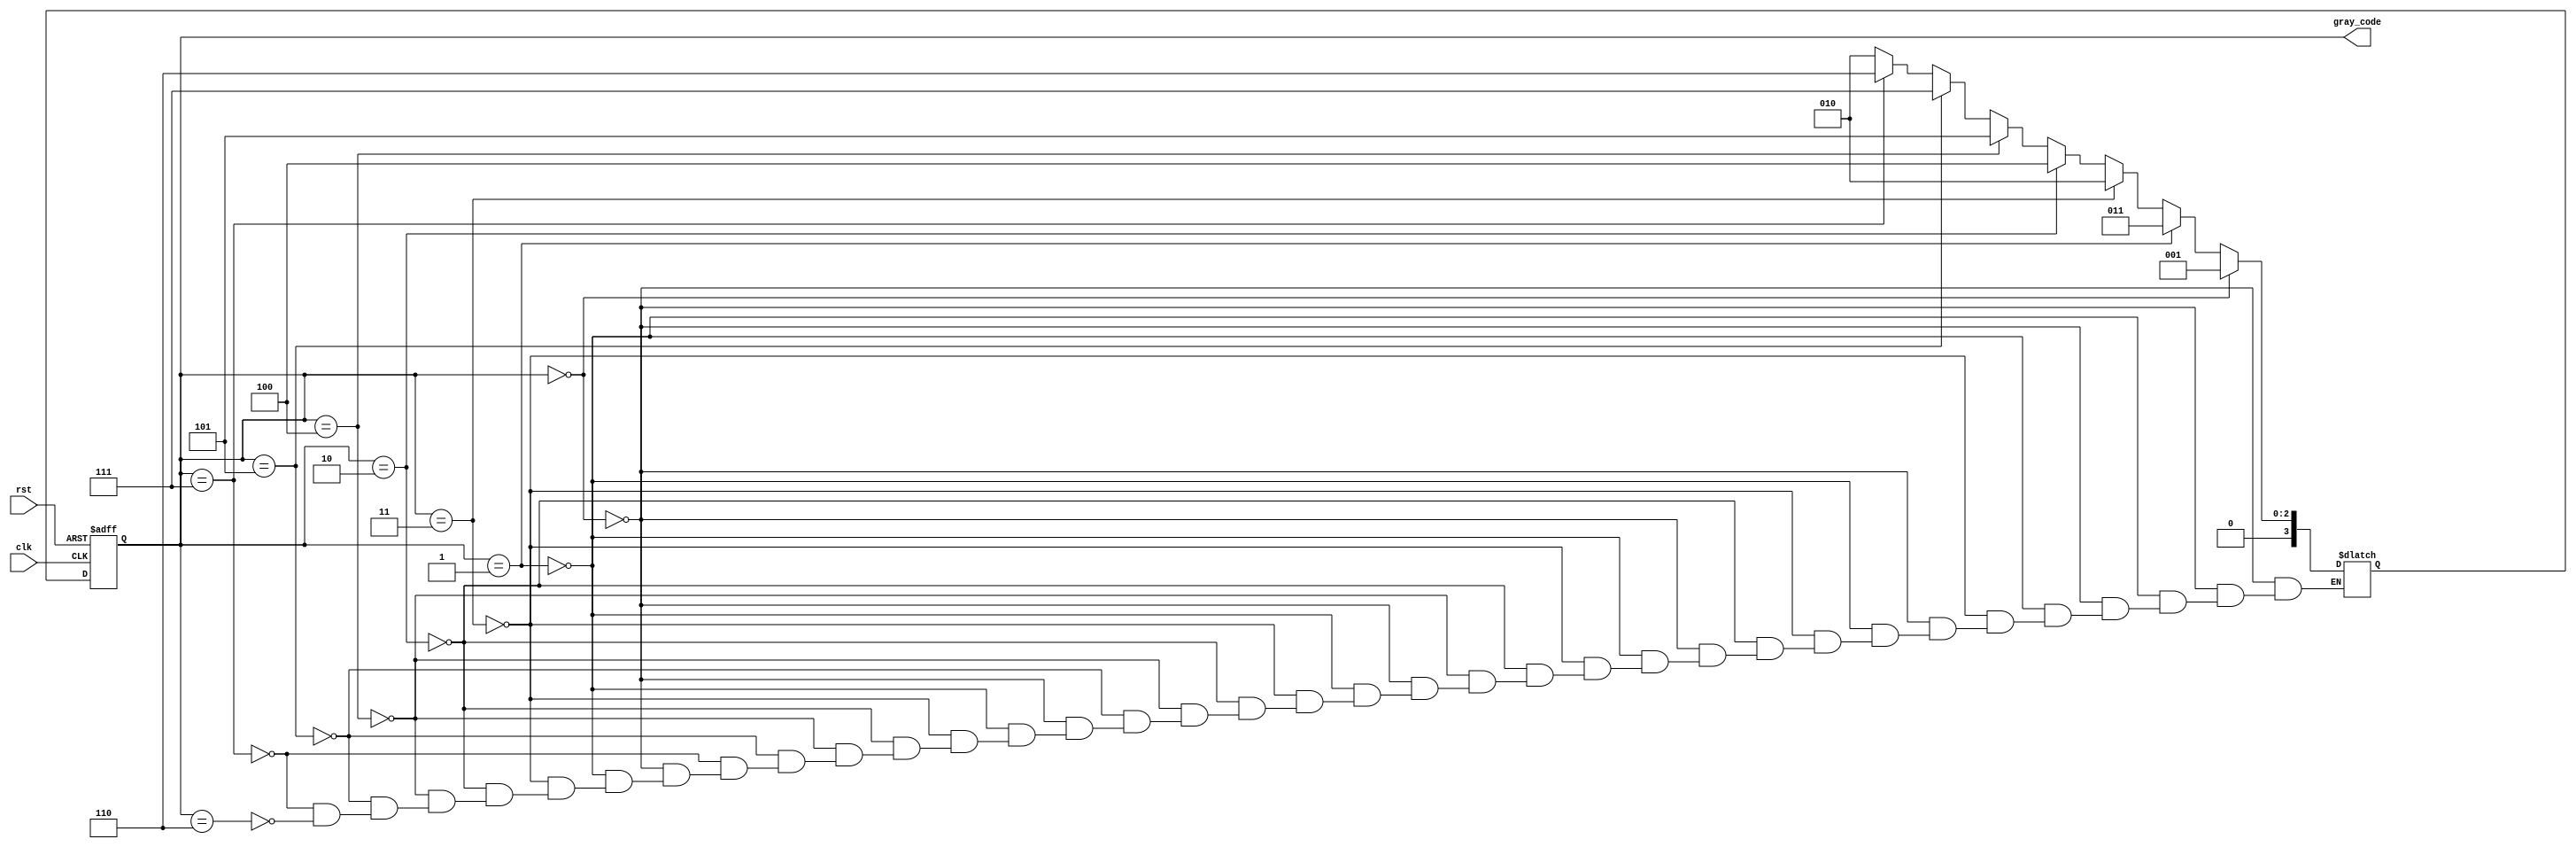
module gray_code_ring_counter (
    input wire clk,
    input wire rst,
    output reg [3:0] gray_code
);

reg [3:0] next_gray_code;

always @ (posedge clk or posedge rst) begin
    if (rst) begin
        gray_code <= 4'b0000;
    end else begin
        gray_code <= next_gray_code;
    end
end

always @ (*) begin
    if (gray_code == 4'b0000)
        next_gray_code = 4'b0001;
    else if (gray_code == 4'b0001)
        next_gray_code = 4'b0011;
    else if (gray_code == 4'b0011)
        next_gray_code = 4'b0010;
    else if (gray_code == 4'b0010)
        next_gray_code = 4'b0100;
    else if (gray_code == 4'b0100)
        next_gray_code = 4'b0101;
    else if (gray_code == 4'b0101)
        next_gray_code = 4'b0111;
    else if (gray_code == 4'b0111)
        next_gray_code = 4'b0110;
    else if (gray_code == 4'b0110)
        next_gray_code = 4'b0010;
end

endmodule